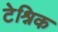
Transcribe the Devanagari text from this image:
टेश्निक